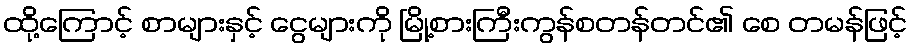
ထို့ကြောင့် စာများနှင့် ငွေများကို မြို့စားကြီးကွန်စတန်တင်၏ စေ တမန်ဖြင့်